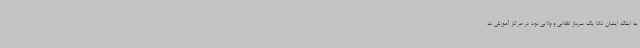
به اینکه ایشان ذاتاً یک سرباز انقلابی و ولایی بود در مرکز آموزش ت